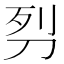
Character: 𭃖